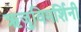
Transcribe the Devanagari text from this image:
ऋजुविमर्शिनी